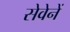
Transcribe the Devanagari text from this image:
सेवेनें